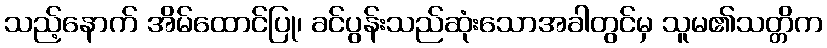
သည့်နောက် အိမ်ထောင်ပြု၊ ခင်ပွန်းသည်ဆုံးသောအခါတွင်မှ သူမ၏သတ္တိက